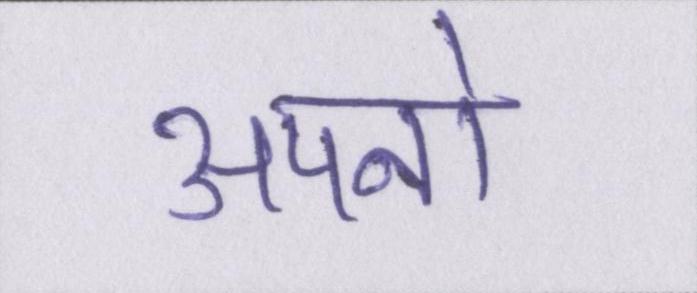
अपनो